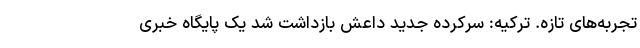
تجربه‌های تازه. ترکیه: سرکرده جدید داعش بازداشت شد یک پایگاه خبری